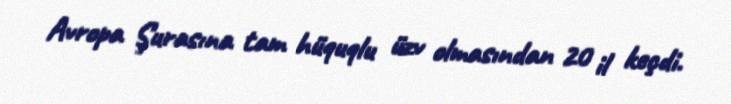
Avropa Şurasına tam hüquqlu üzv olmasından 20 il keçdi.